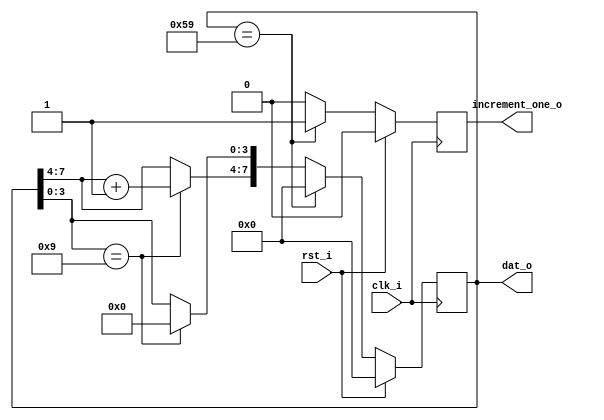
module bcd
#(
	parameter MAX_NUM = 8'h59
)
(
	input clk_i,
	input rst_i,
	output[7:0] dat_o,
	output increment_one_o
);

	reg[7:0] counter;
	reg increment_one;
	always@(posedge clk_i)
	begin
		if(rst_i)
			begin
				counter <= 0;
				increment_one <= 0;
			end
		else
			if(counter == MAX_NUM[7:0])
				begin
					increment_one <= 1'b1;
					counter <= 0;
				end
			else
				begin
					increment_one <= 0;
					if(counter[3:0] == 4'd9)
						begin
							counter[3:0] = 0;
							counter[7:4] = counter[7:4] + 1'b1;
						end
				end
	end
	
	assign increment_one_o = increment_one;
	assign dat_o = counter;
	
	
endmodule